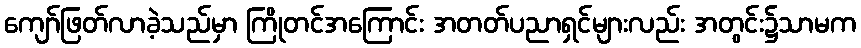
ကျော်ဖြတ်လာခဲ့သည်မှာ ကြိုတင်အကြောင်း အတတ်ပညာရှင်များလည်း အတွင်း၌သာမက